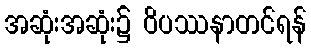
အဆုံးအဆုံး၌ ဝိပဿနာတင်ရန်